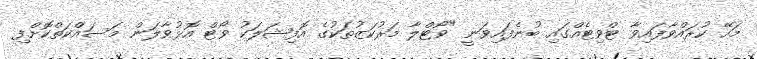
މަހޭ ކުރައްވާފައިވާ ޓްވިޓެއްގައި ބުނެފައިވަނީ "ވޯޓްލާ މަރުކަޒުތަކުގެ އޮފިޝަލަކު ވޯޓް އޮޅުވާލަން މަސައްކަތްކޮށްފި